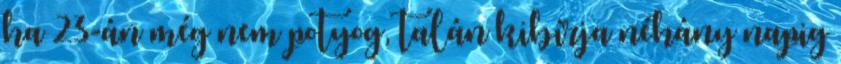
ha 23-án még nem potyog, talán kibírja néhány napig